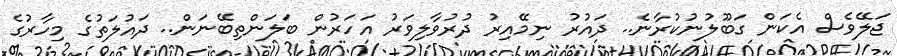
ޖަލޭވެސް އެކަން ގަބޫލުނުކުރާނެ.. ދައުރު ނިމޭއިރު ދުރުވާލިވަރު އަހަރުން ބަލަންތިބޭނަން.. ދައުލަތުގެ މިހާރުގެ